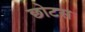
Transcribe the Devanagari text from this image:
छोटस